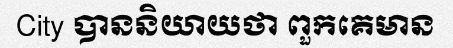
City បាននិយាយថា ពួកគេមាន